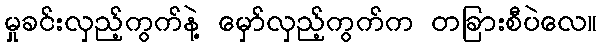
မှုခင်းလှည့်ကွက်နဲ့ မှော်လှည့်ကွက်က တခြားစီပဲလေ။